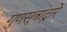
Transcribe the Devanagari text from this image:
गुणसूत्रांद्वारे